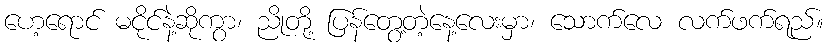
ဟေ့ရောင် မငိုင်နဲ့ဆိုကွာ၊ ညိုတို့ ပြန်တွေ့တဲ့နေ့လေးမှာ၊ သောက်လေ လက်ဖက်ရည်။